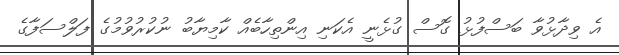
އެ ވިދާޅުވާ ބަސްފުޅު ގޮސް ގުޅެނީ އެކަނި އިންތިހާބެއް ކާމިޔާބު ނުކުރުވުމުގެ ފަލްސަފާގެ